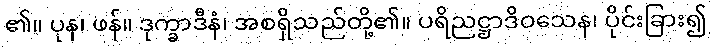
၏။ ပုန၊ ဖန်။ ဒုက္ခာဒီနံ၊ အစရှိသည်တို့၏။ ပရိညဋ္ဌာဒိဝသေန၊ ပိုင်းခြား၍